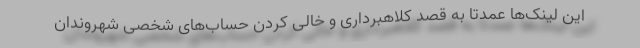
این لینک‌ها عمدتا به قصد کلاهبرداری و خالی کردن حساب‌های شخصی شهروندان